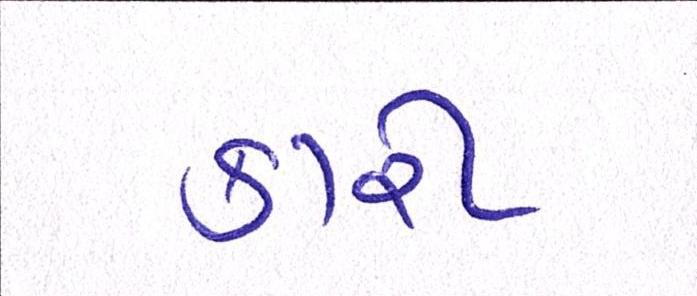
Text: કારી